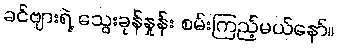
ခင်ဗျားရဲ့ သွေးခုန်နှုန်း စမ်းကြည့်မယ်နော်။